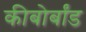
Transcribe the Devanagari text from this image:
कीबोर्बांड